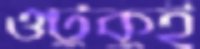
ওটুকুই